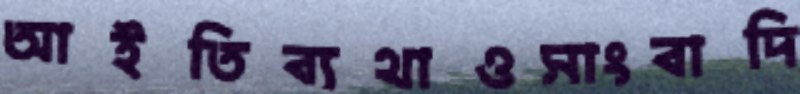
আইতিব্যথাওসাংবাদি